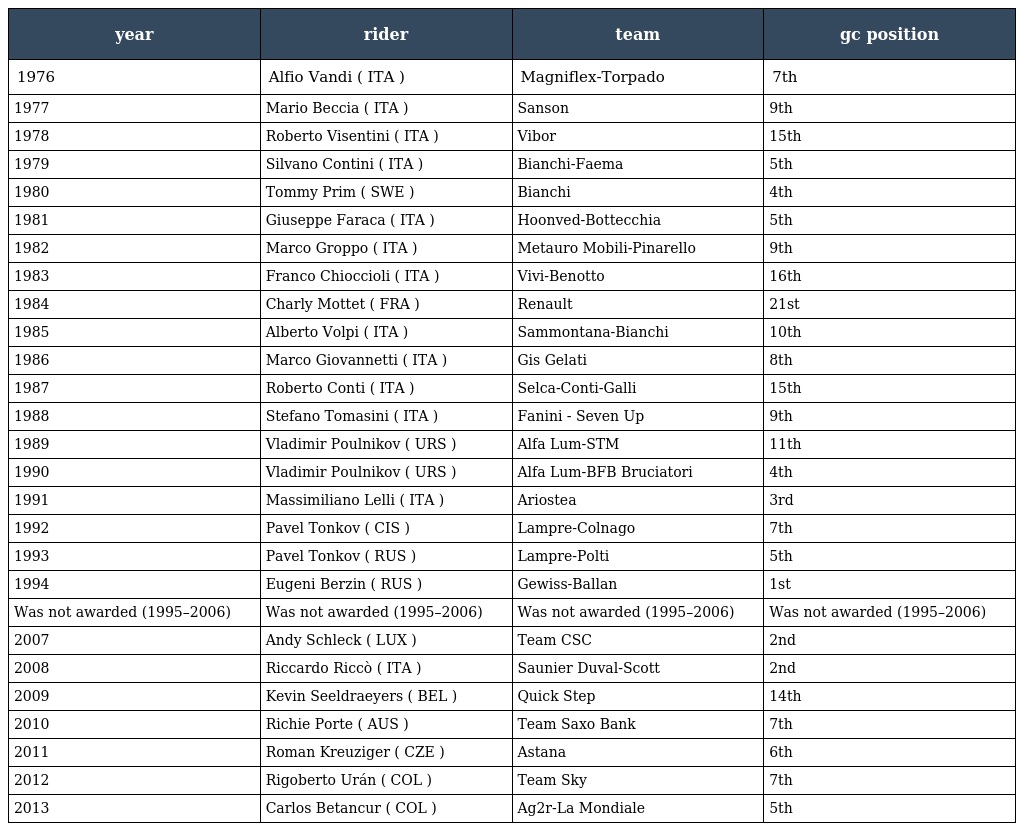
| year | rider | team | gc position |
 | --- | --- | --- | --- |
 | 1976 | Alfio Vandi ( ITA ) | Magniflex-Torpado | 7th |
 | 1977 | Mario Beccia ( ITA ) | Sanson | 9th |
 | 1978 | Roberto Visentini ( ITA ) | Vibor | 15th |
 | 1979 | Silvano Contini ( ITA ) | Bianchi-Faema | 5th |
 | 1980 | Tommy Prim ( SWE ) | Bianchi | 4th |
 | 1981 | Giuseppe Faraca ( ITA ) | Hoonved-Bottecchia | 5th |
 | 1982 | Marco Groppo ( ITA ) | Metauro Mobili-Pinarello | 9th |
 | 1983 | Franco Chioccioli ( ITA ) | Vivi-Benotto | 16th |
 | 1984 | Charly Mottet ( FRA ) | Renault | 21st |
 | 1985 | Alberto Volpi ( ITA ) | Sammontana-Bianchi | 10th |
 | 1986 | Marco Giovannetti ( ITA ) | Gis Gelati | 8th |
 | 1987 | Roberto Conti ( ITA ) | Selca-Conti-Galli | 15th |
 | 1988 | Stefano Tomasini ( ITA ) | Fanini - Seven Up | 9th |
 | 1989 | Vladimir Poulnikov ( URS ) | Alfa Lum-STM | 11th |
 | 1990 | Vladimir Poulnikov ( URS ) | Alfa Lum-BFB Bruciatori | 4th |
 | 1991 | Massimiliano Lelli ( ITA ) | Ariostea | 3rd |
 | 1992 | Pavel Tonkov ( CIS ) | Lampre-Colnago | 7th |
 | 1993 | Pavel Tonkov ( RUS ) | Lampre-Polti | 5th |
 | 1994 | Eugeni Berzin ( RUS ) | Gewiss-Ballan | 1st |
 | Was not awarded (1995–2006) | Was not awarded (1995–2006) | Was not awarded (1995–2006) | Was not awarded (1995–2006) |
 | 2007 | Andy Schleck ( LUX ) | Team CSC | 2nd |
 | 2008 | Riccardo Riccò ( ITA ) | Saunier Duval-Scott | 2nd |
 | 2009 | Kevin Seeldraeyers ( BEL ) | Quick Step | 14th |
 | 2010 | Richie Porte ( AUS ) | Team Saxo Bank | 7th |
 | 2011 | Roman Kreuziger ( CZE ) | Astana | 6th |
 | 2012 | Rigoberto Urán ( COL ) | Team Sky | 7th |
 | 2013 | Carlos Betancur ( COL ) | Ag2r-La Mondiale | 5th |